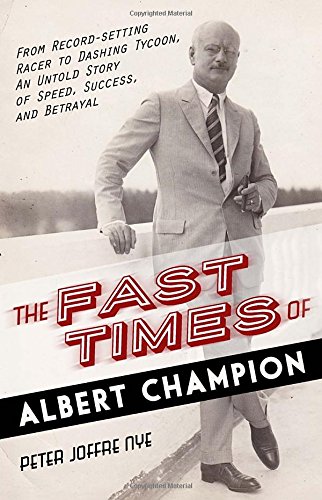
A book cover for The Fast Times of Albert Champion: From Record-Setting Racer to Dashing Tycoon, An Untold Story of Speed, Success, and Betrayal; Peter Joffre Nye; Sports & Outdoors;